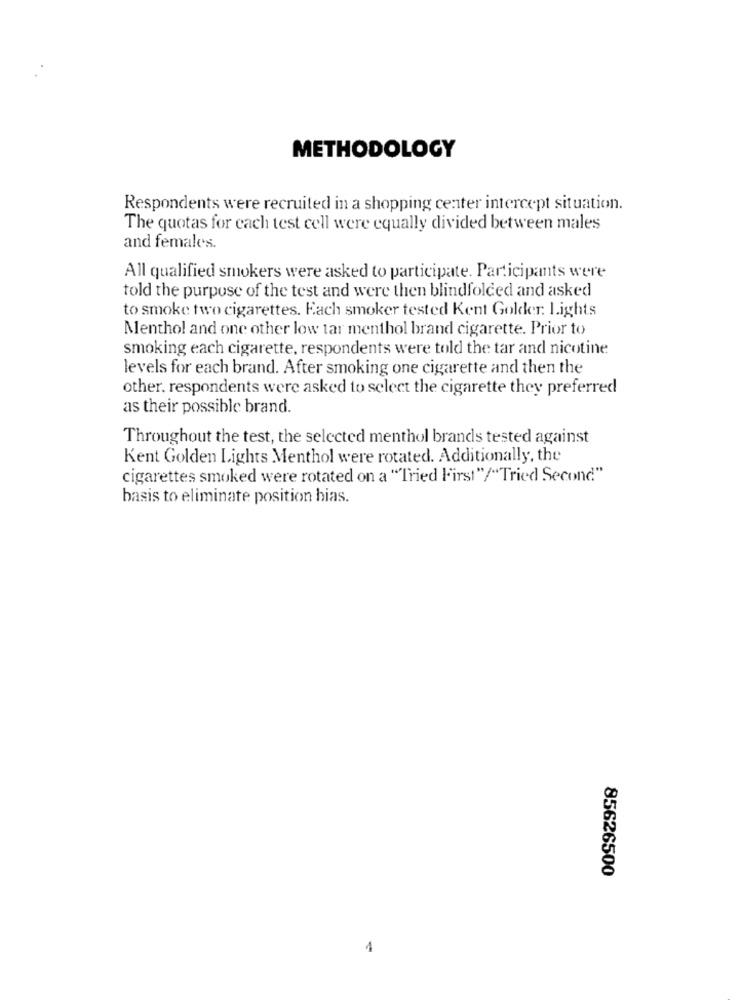
METHODOLOGY
Respondents were recruited in a shopping center intercept situation.
The quotas for each test cell were equally divided between males
and females.
All qualified smokers were asked to participate. Participants were
told the purpose of the test and were then blindfolded and asked
to smoke two cigarettes. Each smoker tested Kent Golder. Lights
Menthol and one other low tar menthol brand cigarette. Prior to
smoking each cigarette, respondents were told the tar and nicotine
levels for each brand. After smoking one cigarette and then the
other. respondents were asked to select the cigarette they preferred
as their possible brand.
Throughout the test, the selected menthol brands tested against
Kent Golden Lights Menthol were rotated. Additionally, the
cigarettes smoked were rotated on a "Tried First"/"Tried Second"
basis to eliminate position bias.
85626500
4